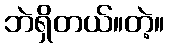
ဘဲရှိတယ်။တဲ့။